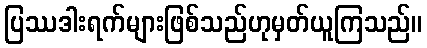
ပြဿဒါးရက်များဖြစ်သည်ဟုမှတ်ယူကြသည်။